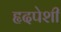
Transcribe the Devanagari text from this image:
हृदपेशी